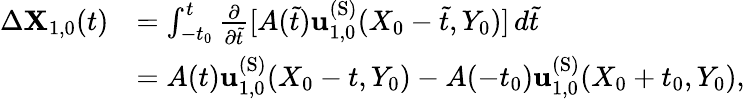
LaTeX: \begin{array}{rl}{\Delta\mathbf{X}_{1,0}(t)}&{=\int_{-t_{0}}^{t}\frac{\partial}{\partial\tilde{t}}[A(\tilde{t})\mathbf{u}_{1,0}^{\mathrm{(S)}}(X_{0}-\tilde{t},Y_{0})]\, d\tilde{t}}\\ &{=A(t)\mathbf{u}_{1,0}^{\mathrm{(S)}}(X_{0}-t,Y_{0})-A(-t_{0})\mathbf{u}_{1,0}^{\mathrm{(S)}}(X_{0}+t_{0},Y_{0}),}\end{array}